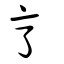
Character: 亨